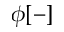
\phi [ - ]